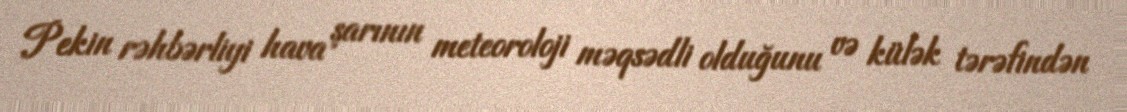
Pekin rəhbərliyi hava şarının meteoroloji məqsədli olduğunu və külək tərəfindən